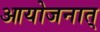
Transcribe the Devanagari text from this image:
आयोजनात्